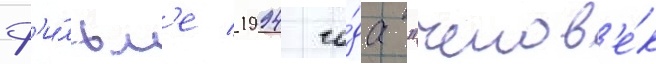
ф'и́льм'е 1994 го́да "челов'е́к